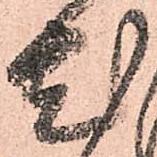
尤